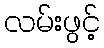
လမ်းဖွင့်